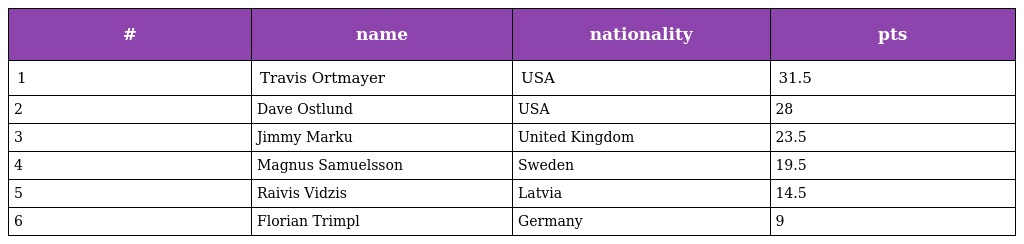
| # | name | nationality | pts |
 | --- | --- | --- | --- |
 | 1 | Travis Ortmayer | USA | 31.5 |
 | 2 | Dave Ostlund | USA | 28 |
 | 3 | Jimmy Marku | United Kingdom | 23.5 |
 | 4 | Magnus Samuelsson | Sweden | 19.5 |
 | 5 | Raivis Vidzis | Latvia | 14.5 |
 | 6 | Florian Trimpl | Germany | 9 |